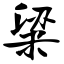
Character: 粱